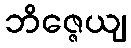
ဘိဇ္ဇေယျ